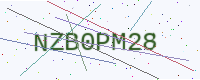
Text: NZB0PM28